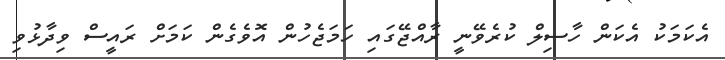
އެކަމަކު އެކަން ހާސިލް ކުރެވޭނީ ރާއްޖޭގައި ހަމަޖެހުން އޮވެގެން ކަމަށް ރައީސް ވިދާޅުވި